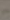
-